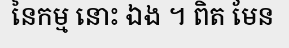
នៃកម្ម នោះ ឯង ។ ពិត មែន